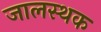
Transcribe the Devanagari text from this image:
जालस्थक